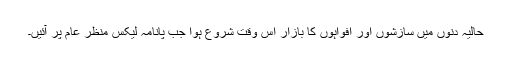
حالیہ دنوں میں سازشوں اور افواہوں کا بازار اس وقت شروع ہوا جب پانامہ لیکس منظر عام پر آئیں۔